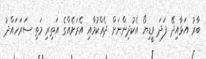
ބާރު އަޅާއިދޭ ފަދަ ވީޑިޔޯ އެކުދިންނަށް ދެއްކުމާއި އެރަށެއްގެ އަތިރި މަތި ސަރަހައްދު